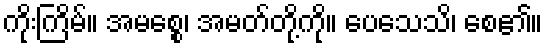
ကိုးကြိမ်။ အမစ္စေ၊ အမတ်တို့ကို။ ပေသေသိ၊ စေ၏။